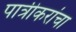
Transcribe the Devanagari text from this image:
पात्रीकरांचा